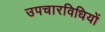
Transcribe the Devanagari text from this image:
उपचारविधियों